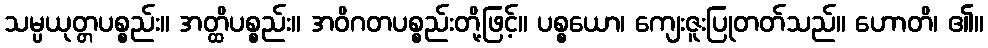
သမ္ပယုတ္တပစ္စည်း။ အတ္ထိပစ္စည်း။ အဝိဂတပစ္စည်းတို့ဖြင့်။ ပစ္စယော၊ ကျေးဇူးပြုတတ်သည်။ ဟောတိ၊ ၏။